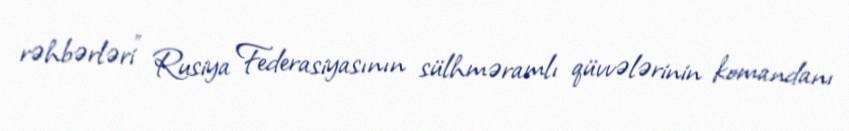
rəhbərləri” Rusiya Federasiyasının sülhməramlı qüvvələrinin komandanı